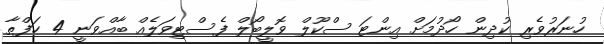
ހުނަރުވެރި ކުދިން ހޯދުމަށް އިންޓަ ސްކޫލް ވޮލީބޯލް ފެސްޓިވަލެއް ބާއްވަނީ 4 ހަފްތާ